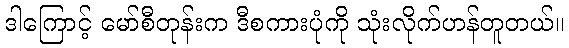
ဒါကြောင့် မော်စီတုန်းက ဒီစကားပုံကို သုံးလိုက်ဟန်တူတယ်။